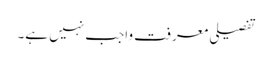
تفصیلی معرفت واجب نہیں ہے۔